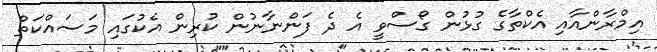
އިމްރާންއާއި އެކްތާގެ ގުޅުން ގޯސްވީ އެ ދެ ފަންނާނުން ކުރިން އެކުގައި މަސައްކަތް